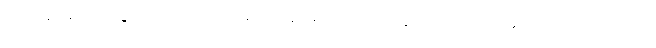
ပြဿနာများ ဖြစ်ပွားခဲ့တယ်လို့ သိပ်မကြာခင် ရက်များ အတွင်းက သတင်းများတက်လာပါတယ်။